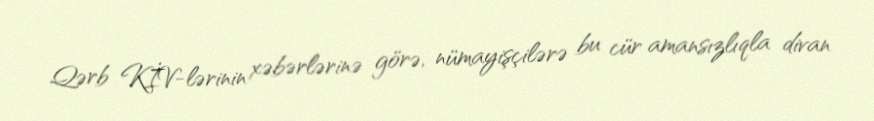
Qərb KİV-lərinin xəbərlərinə görə, nümayişçilərə bu cür amansızlıqla divan